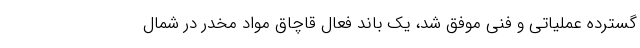
گسترده عملیاتی و فنی موفق شد، یک باند فعال قاچاق مواد مخدر در شمال